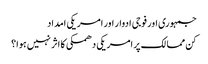
جمہوری اور فوجی ادوار اور امریکی امداد
کن ممالک پر امریکی دھمکی کا اثر نہیں ہوا؟